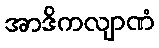
အာဒိကလျာဏံ